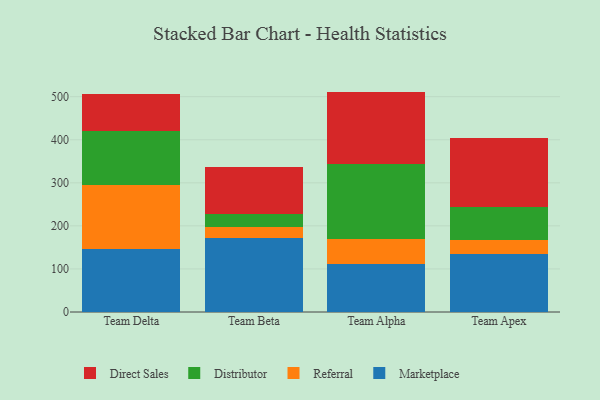
{"axis": {"x": "Team", "y": "Active Users"}, "legend": ["Direct Sales", "Distributor", "Marketplace", "Referral"], "data": [{"x": "Team Delta", "y": 145.5, "type": "Marketplace"}, {"x": "Team Delta", "y": 149.3, "type": "Referral"}, {"x": "Team Delta", "y": 125.3, "type": "Distributor"}, {"x": "Team Delta", "y": 87.0, "type": "Direct Sales"}, {"x": "Team Beta", "y": 172.4, "type": "Marketplace"}, {"x": "Team Beta", "y": 24.4, "type": "Referral"}, {"x": "Team Beta", "y": 30.9, "type": "Distributor"}, {"x": "Team Beta", "y": 110.0, "type": "Direct Sales"}, {"x": "Team Alpha", "y": 112.6, "type": "Marketplace"}, {"x": "Team Alpha", "y": 56.8, "type": "Referral"}, {"x": "Team Alpha", "y": 174.9, "type": "Distributor"}, {"x": "Team Alpha", "y": 167.5, "type": "Direct Sales"}, {"x": "Team Apex", "y": 134.3, "type": "Marketplace"}, {"x": "Team Apex", "y": 31.9, "type": "Referral"}, {"x": "Team Apex", "y": 77.7, "type": "Distributor"}, {"x": "Team Apex", "y": 161.1, "type": "Direct Sales"}]}